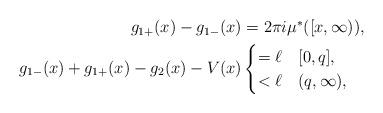
LaTeX: \begin{align*} \begin{aligned}g_{1+}(x)-g_{1-}(x) &= 2\pi i \mu^*([x,\infty)), \\g_{1-}(x)+g_{1+}(x)-g_{2}(x)-V(x) &\begin{cases} = \ell & [0,q], \\ < \ell & (q,\infty), \end{cases} \end{aligned} \end{align*}